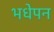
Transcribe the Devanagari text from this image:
भधेपन